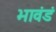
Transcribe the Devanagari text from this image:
भावंडं